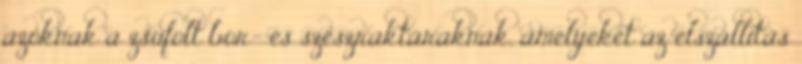
azoknak a zsúfolt bor- és szeszraktáraknak, amelyeket az elszállítás